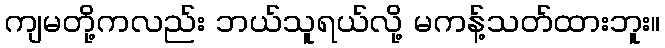
ကျမတို့ကလည်း ဘယ်သူရယ်လို့ မကန့်သတ်ထားဘူး။